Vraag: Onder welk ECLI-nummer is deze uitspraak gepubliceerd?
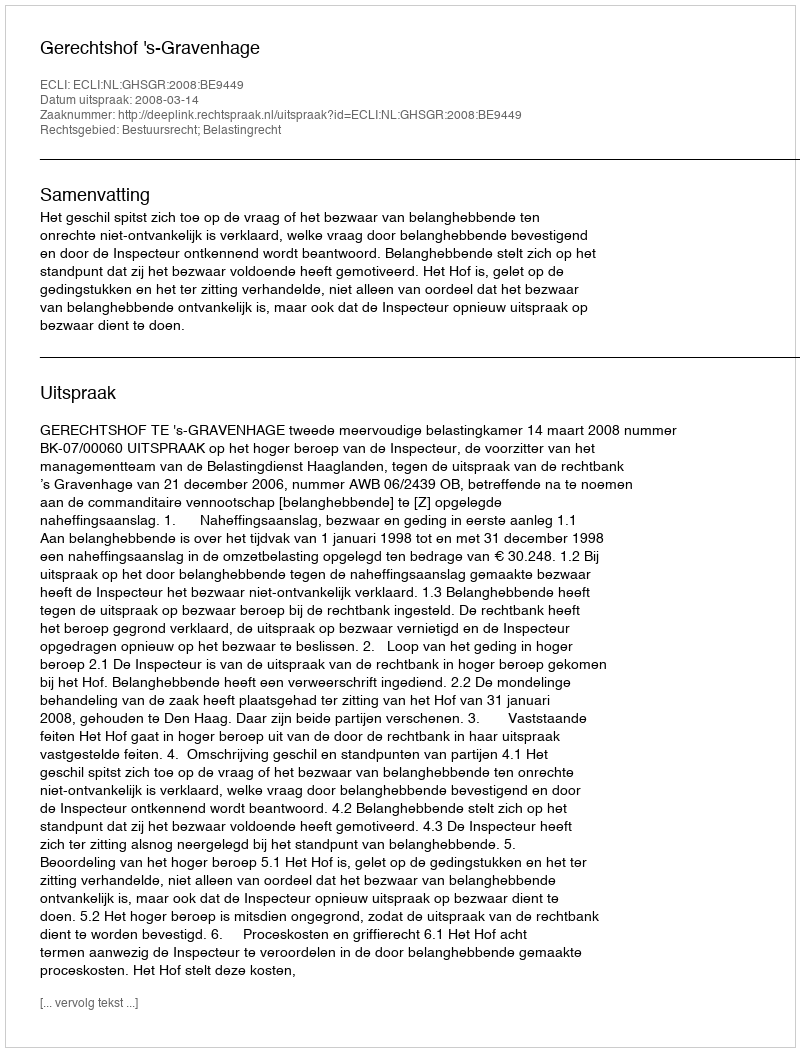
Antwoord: ECLI:NL:GHSGR:2008:BE9449